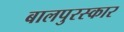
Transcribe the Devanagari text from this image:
बालपुरस्कार